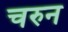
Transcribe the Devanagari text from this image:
चरुन